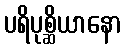
ပရိပုစ္ဆိယာနော